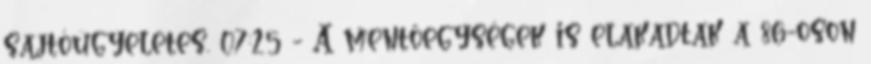
sajtóügyeletes. 07:25 - A mentőegységek is elakadtak a 86-oson